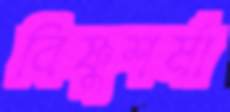
বিষ্ণুশর্মা